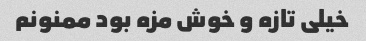
خیلی تازه و خوش مزه بود ممنونم